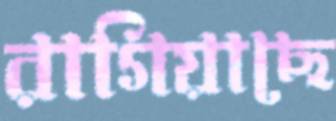
রাগিয়াছে